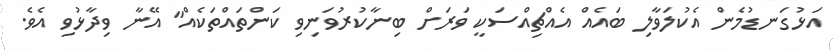
އަޅުގަނޑުމެން އެކުލަވާލި ބައެއް އެއްޗިއްސަކީ ވަރަށް ބިނާކުރުވަނިވި ކަންތައްތަކެއް" އޭނާ ވިދާޅުވި އެވެ.